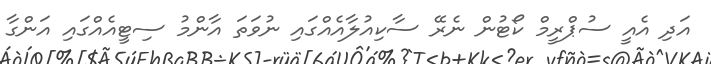
އަދި އެއީ ސުޕްރީމް ކޯޓުން ނެރޭ ސާކިއުލާއެއްގައި ނުވަތަ އާންމު ސިޓީއެއްގައި އަންގާ